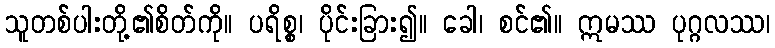
သူတစ်ပါးတို့၏စိတ်ကို။ ပရိစ္စ၊ ပိုင်းခြား၍။ ခေါ၊ စင်၏။ ဣမဿ ပုဂ္ဂလဿ၊